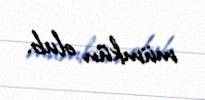
mümkün olub.